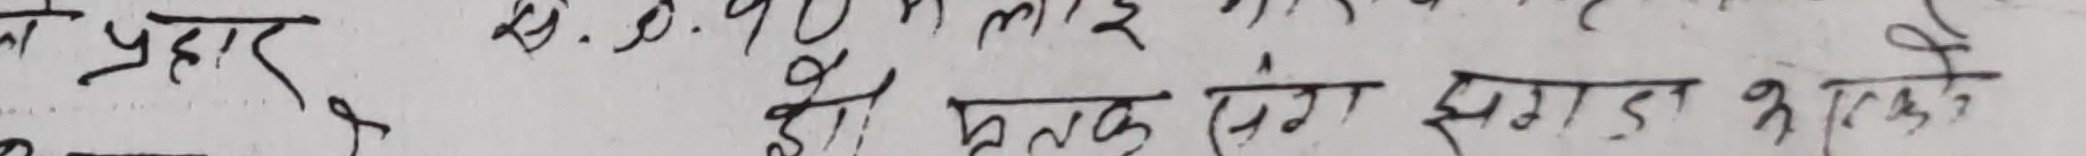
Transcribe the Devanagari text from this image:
के प्रकार २९.०.१० लाइ हो प्रत्येक संग झगडा भएकाले